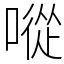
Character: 㗰